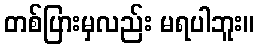
တစ်ပြားမှလည်း မရပါဘူး။